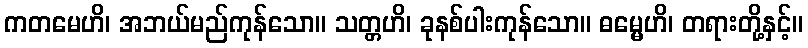
ကတမေဟိ၊ အဘယ်မည်ကုန်သော။ သတ္တဟိ၊ ခုနစ်ပါးကုန်သော။ ဓမ္မေဟိ၊ တရားတို့နှင့်။